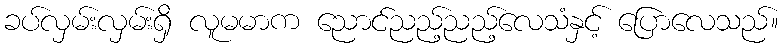
ခပ်လှမ်းလှမ်းရှိ လူမမာက ညောင်ညည့်ညည့်လေသံနှင့် ပြောလေသည်။